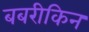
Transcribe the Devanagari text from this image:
बबरीकिन